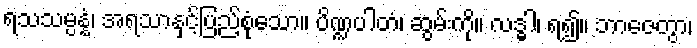
ရသသမ္ပန္နံ၊ အရသာနှင့်ပြည့်စုံသော။ ပိဏ္ဍပါတံ၊ ဆွမ်းကို။ လဒ္ဓါ၊ ရ၍။ ဘာဇေတွာ၊